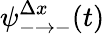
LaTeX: \psi_{-\to-}^{\Delta x}(t)